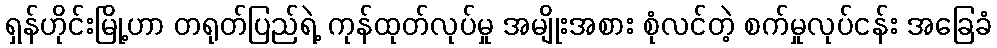
ရှန်ဟိုင်းမြို့ဟာ တရုတ်ပြည်ရဲ့ ကုန်ထုတ်လုပ်မှု အမျိုးအစား စုံလင်တဲ့ စက်မှုလုပ်ငန်း အခြေခံ